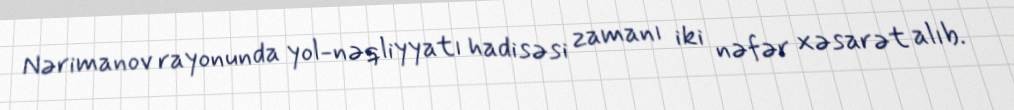
Nərimanov rayonunda yol-nəqliyyatı hadisəsi zamanı iki nəfər xəsarət alıb.